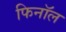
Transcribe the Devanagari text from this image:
फिनाॅल